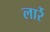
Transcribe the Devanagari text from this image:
लार्रे